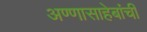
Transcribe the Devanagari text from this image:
अण्णासाहेबांची